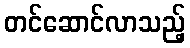
တင်ဆောင်လာသည့်